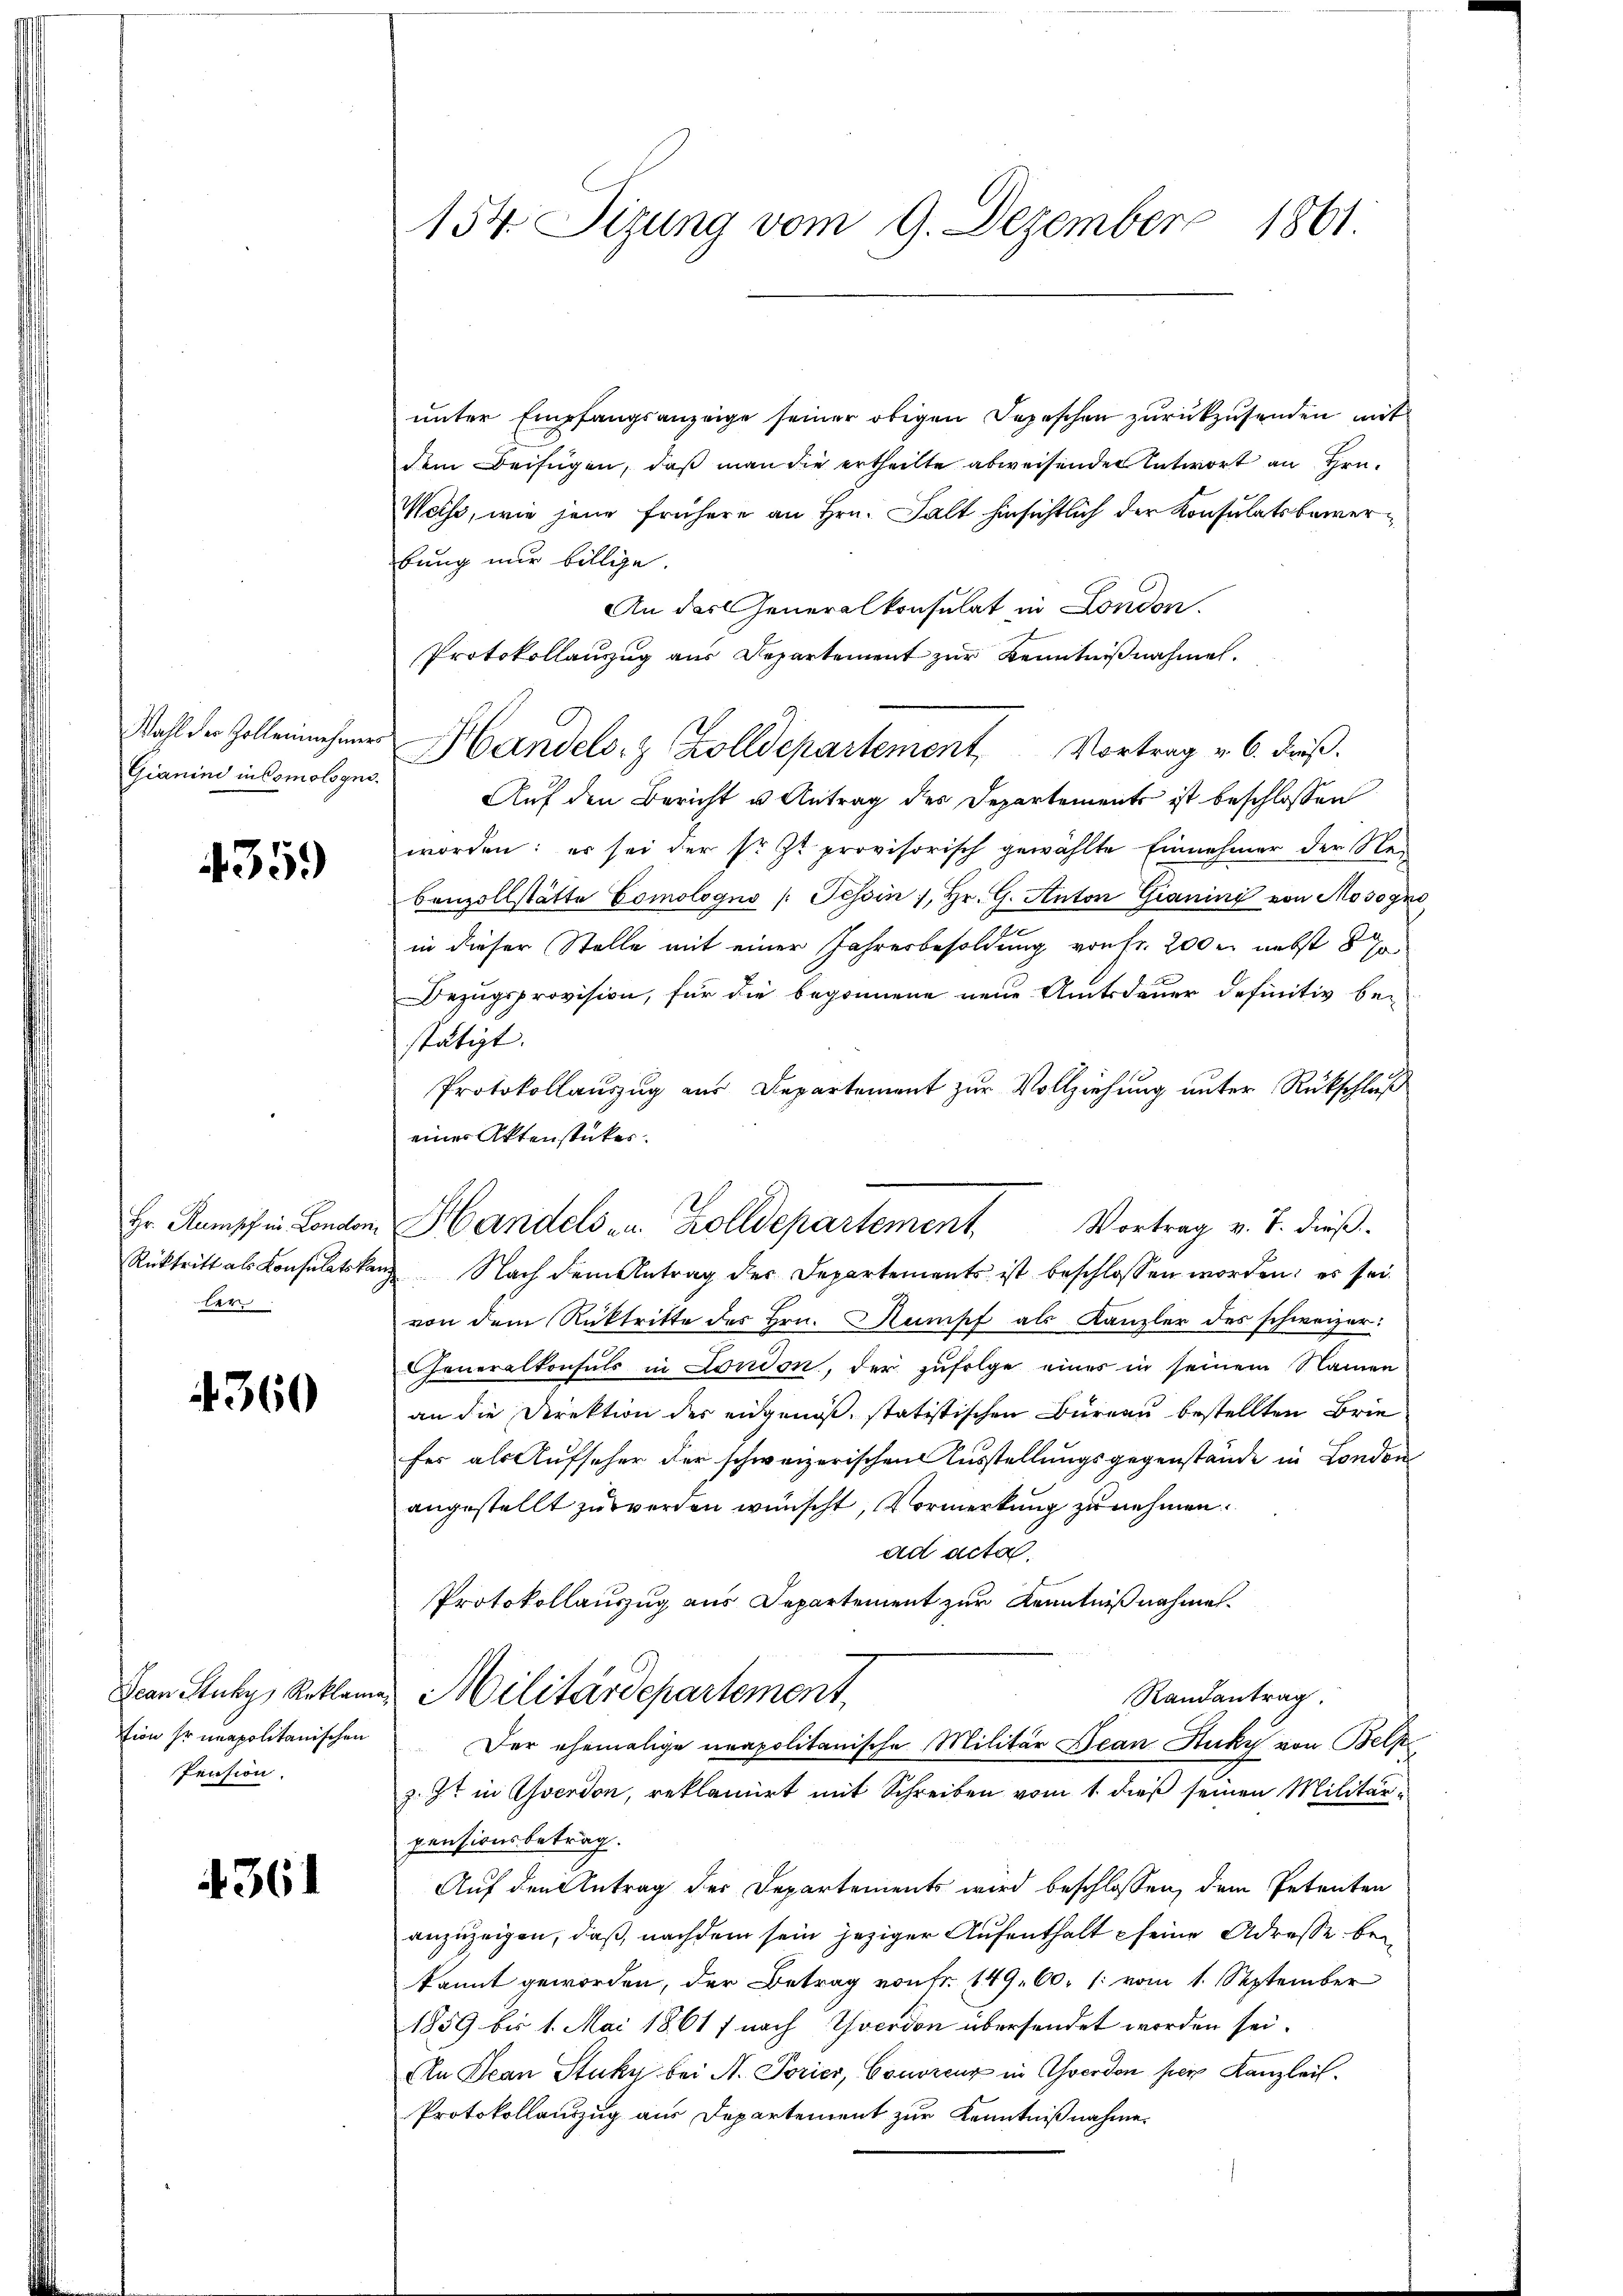
Wahl der Zollennehmer
Gianini in Comologus.

435.

Hr. Rumpf in Londoni
Rücktritt als Konsulatska
ler

4360

Dean Stuky, Reklam
tion so unapolitanischen
Pension.

4361

154. Tizung vom 9. Dezember 1861.

unter Empfangsanzeige seiner obigen Depeschen zurückzusenden mit
dem Beifügen, daß man die ertheilte abweisenden Antwort an Hrn.
Weiss, wie jene frühere an Hrn. Falt hinsichtlich der Konsulatsbewerbung nur billige.
An das Generalkonsulat in London.
Protokollanzug aus Departement zur Kenntnißnahmen.
Handels- & Zolldepartement Vortrag v. 6. Friß.
Auf den Bericht u Antrag des Departements ist beschlossen
worden: es sei der sr. Zt. provisorisch gewählte Einnehmer der Nebenzollstätte Comologno /: Tessin, Hr. G. Anton Gianini von Mosogni
in dieser Stelle mit einer Jahresbesoldung von fr. 200 r. nebst 8 %
Bezugsprovision, für die begonnene neue Amtsdauer definitiv be-
stätigt.
Protokollauszug aus Departement zur Vollziehung unter Rückschluß
eines Aktenstücker.
 Nach dem Antrag der Departements ist beschlossen worden; es seivon dem Rücktritte des Hrn. Remisch als Kanzler des schweizer
Feneralkonsuls in London, der zufolge einer in seinem Namen
an die Direktion der eidgenoß, statistischen Büreau bestellten Brie
fes als Aufseher der schweizerischen Ausstellungsgegenstände in London
angestellt zu werden wünscht, Vormerkung zu nehmen.
ad acta.
Protokollauszug aus Departement zur Kenntnißnahme
Militärdepartement,
Randantrag.
Der ehemalige neapolitanische Militär Jean Stucki von Belpe
z. Zt. in Averson, reklamirt mit Schreiben vom 1. dieß seinen Militärpensionsbetrag.
Auf den Antrag der Departements wird beschlossen, dem Petenten
anzuzeigen, daß nachdem sein jeziger Aufenthalt seine Adresse bekannt geworden, der Betrag von Fr. 149. 60. [vom 1. September
1859 bis 1. Mai 1861 f nach Yverdon übersendet worden sei.
An Jean Stuky bei A. Torier, Conorenz in Averdon per Kanzlei.
Protokollauszug aus Departement zur Kenntnißnahme.

Handels in Zolldepartement Vortrag v. J. dieß¬